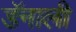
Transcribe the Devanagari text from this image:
डॅनाली